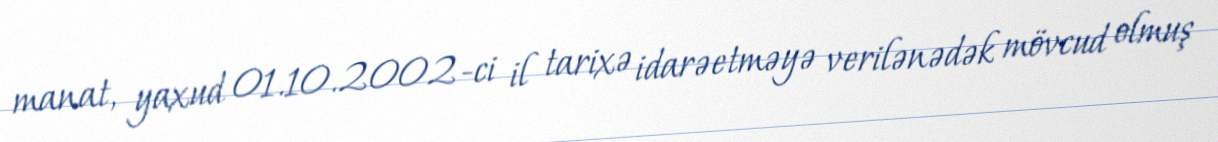
manat, yaxud 01.10.2002-ci il tarixə idarəetməyə verilənədək mövcud olmuş